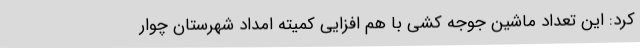
کرد: این تعداد ماشین جوجه کشی با هم افزایی کمیته امداد شهرستان چوار